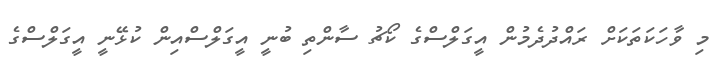
މި ވާހަކަތަކަށް ރައްދުދެމުން އީގަލްސްގެ ކޯޗު ސާންތި ބުނީ އީގަލްސްއިން ކުޅޭނީ އީގަލްސްގެ